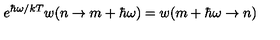
e ^ { \hbar \omega / k T } w ( n \rightarrow m + \hbar \omega ) = w ( m + \hbar \omega \rightarrow n )